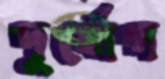
দুর্যোগ